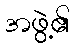
အဖွဲ့၏